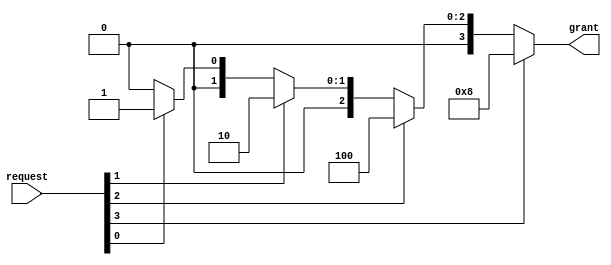
`timescale 1ns/100ps
module lab1_1 (
    input wire [3:0] request,
    output reg [3:0] grant
); 

    always@(*)begin
        if(request[3] == 1'b1)
            grant = 4'b1000;
        else if(request[2] == 1'b1)
            grant = 4'b0100;
        else if(request[1] == 1'b1)
            grant = 4'b0010;
        else if(request[0] == 1'b1)
            grant = 4'b0001;
        else
            grant = 4'b0000;
    end

endmodule

module lab1_2 (
    input wire [5:0] source_0,
    input wire [5:0] source_1,
    input wire [5:0] source_2,
    input wire [5:0] source_3,
    output reg [3:0] result
); 
    /* Note that result can be either reg or wire. 
    * It depends on how you design your module. */
    // add your design here 
    
    reg [3:0] request_t;
    wire [3:0] grant;
    reg [5:0] source;

    lab1_1 arbiter(
        .request (request_t),
        .grant (grant));

    always@(*)begin
        case (source_3[5:4])
            2'b00: request_t[3] = 1'b0;
            default: request_t[3] = 1'b1;
        endcase
    end
    always@(*)begin
        case (source_2[5:4])
            2'b00: request_t[2] = 1'b0;
            default: request_t[2] = 1'b1;
        endcase
    end

    always@(*)begin
        case (source_1[5:4])
            2'b00: request_t[1] = 1'b0;
            default: request_t[1] = 1'b1;
        endcase
    end

    always @(*) begin
        case (source_0[5:4])
            2'b00: request_t[0] = 1'b0;
            default: request_t[0] = 1'b1;
        endcase
    end

    always @(*)begin
        case(grant)
            4'b0001: source = source_0;
            4'b0010: source = source_1;
            4'b0100: source = source_2;
            default: source = source_3;
        endcase
    end

    always @(*)begin
        case(source[5:4])
            2'b01: result = source[3:0] & 4'b1010;
            2'b10: result = source[3:0] + 4'd3;
            2'b11: result = source[3:0] << 2;
            default: result = 4'b0;
        endcase
    end

endmodule